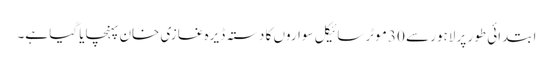
ابتدائی طور پر لاہور سے 30 موٹر سائیکل سواروں کا دستہ ڈیرہ غازی خان پہنچایا گیا ہے۔